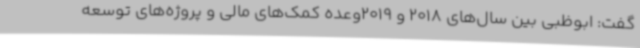
گفت: ابوظبی بین سال‌های 2018 و 2019وعده کمک‌های مالی و پروژه‌های توسعه